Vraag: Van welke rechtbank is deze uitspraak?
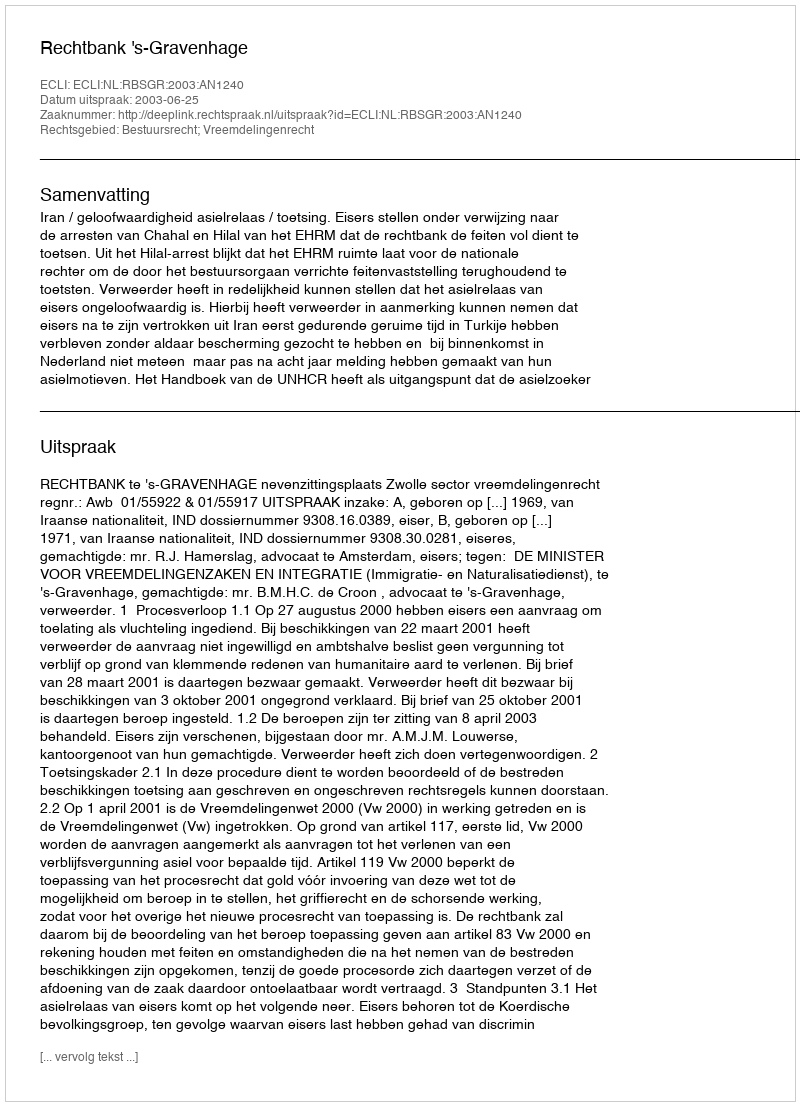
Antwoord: Rechtbank 's-Gravenhage